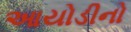
આયોડીનો